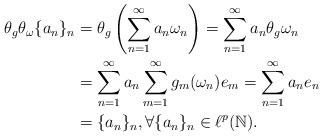
LaTeX: \begin{align*}\theta_g\theta_\omega\{a_n\}_n&=\theta_g \left(\sum_{n=1}^{\infty}a_n\omega_n\right)=\sum_{n=1}^{\infty}a_n\theta_g\omega_n\\&=\sum_{n=1}^{\infty}a_n\sum_{m=1}^{\infty}g_m(\omega_n)e_m= \sum_{n=1}^{\infty}a_ne_n\\&=\{a_n\}_n, \forall \{a_n\}_n \in \ell^p(\mathbb{N}).\end{align*}